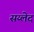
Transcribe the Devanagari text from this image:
सय्लेद